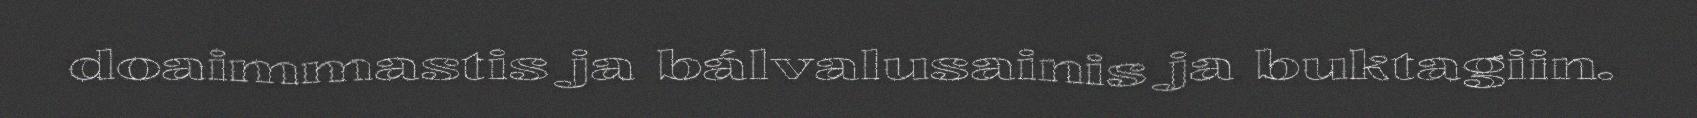
doaimmastis ja bálvalusainis ja buktagiin.